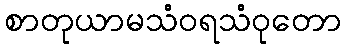
စာတုယာမသံဝရသံဝုတော